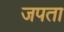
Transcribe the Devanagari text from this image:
जपता